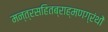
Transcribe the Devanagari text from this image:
मन्त्रसहितब्राह्मणग्रंथों